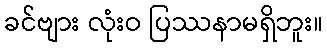
ခင်ဗျား လုံးဝ ပြဿနာမရှိဘူး။